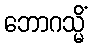
ဘောဂသ္မိံ